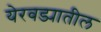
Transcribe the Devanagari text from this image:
येरवड्यातील